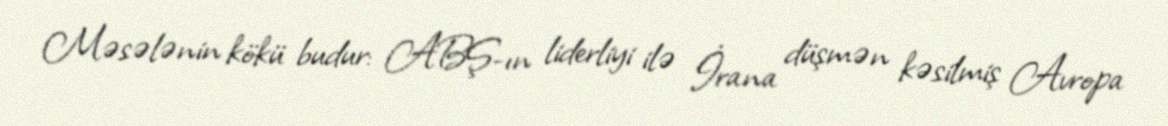
Məsələnin kökü budur: ABŞ-ın liderliyi ilə İrana düşmən kəsilmiş Avropa